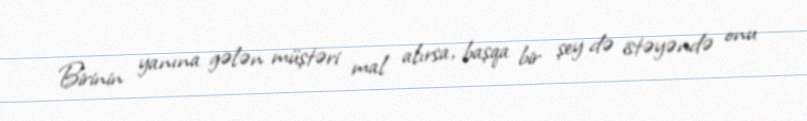
Birinin yanına gələn müştəri mal alırsa, başqa bir şey də istəyəndə onu